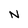
Character: N